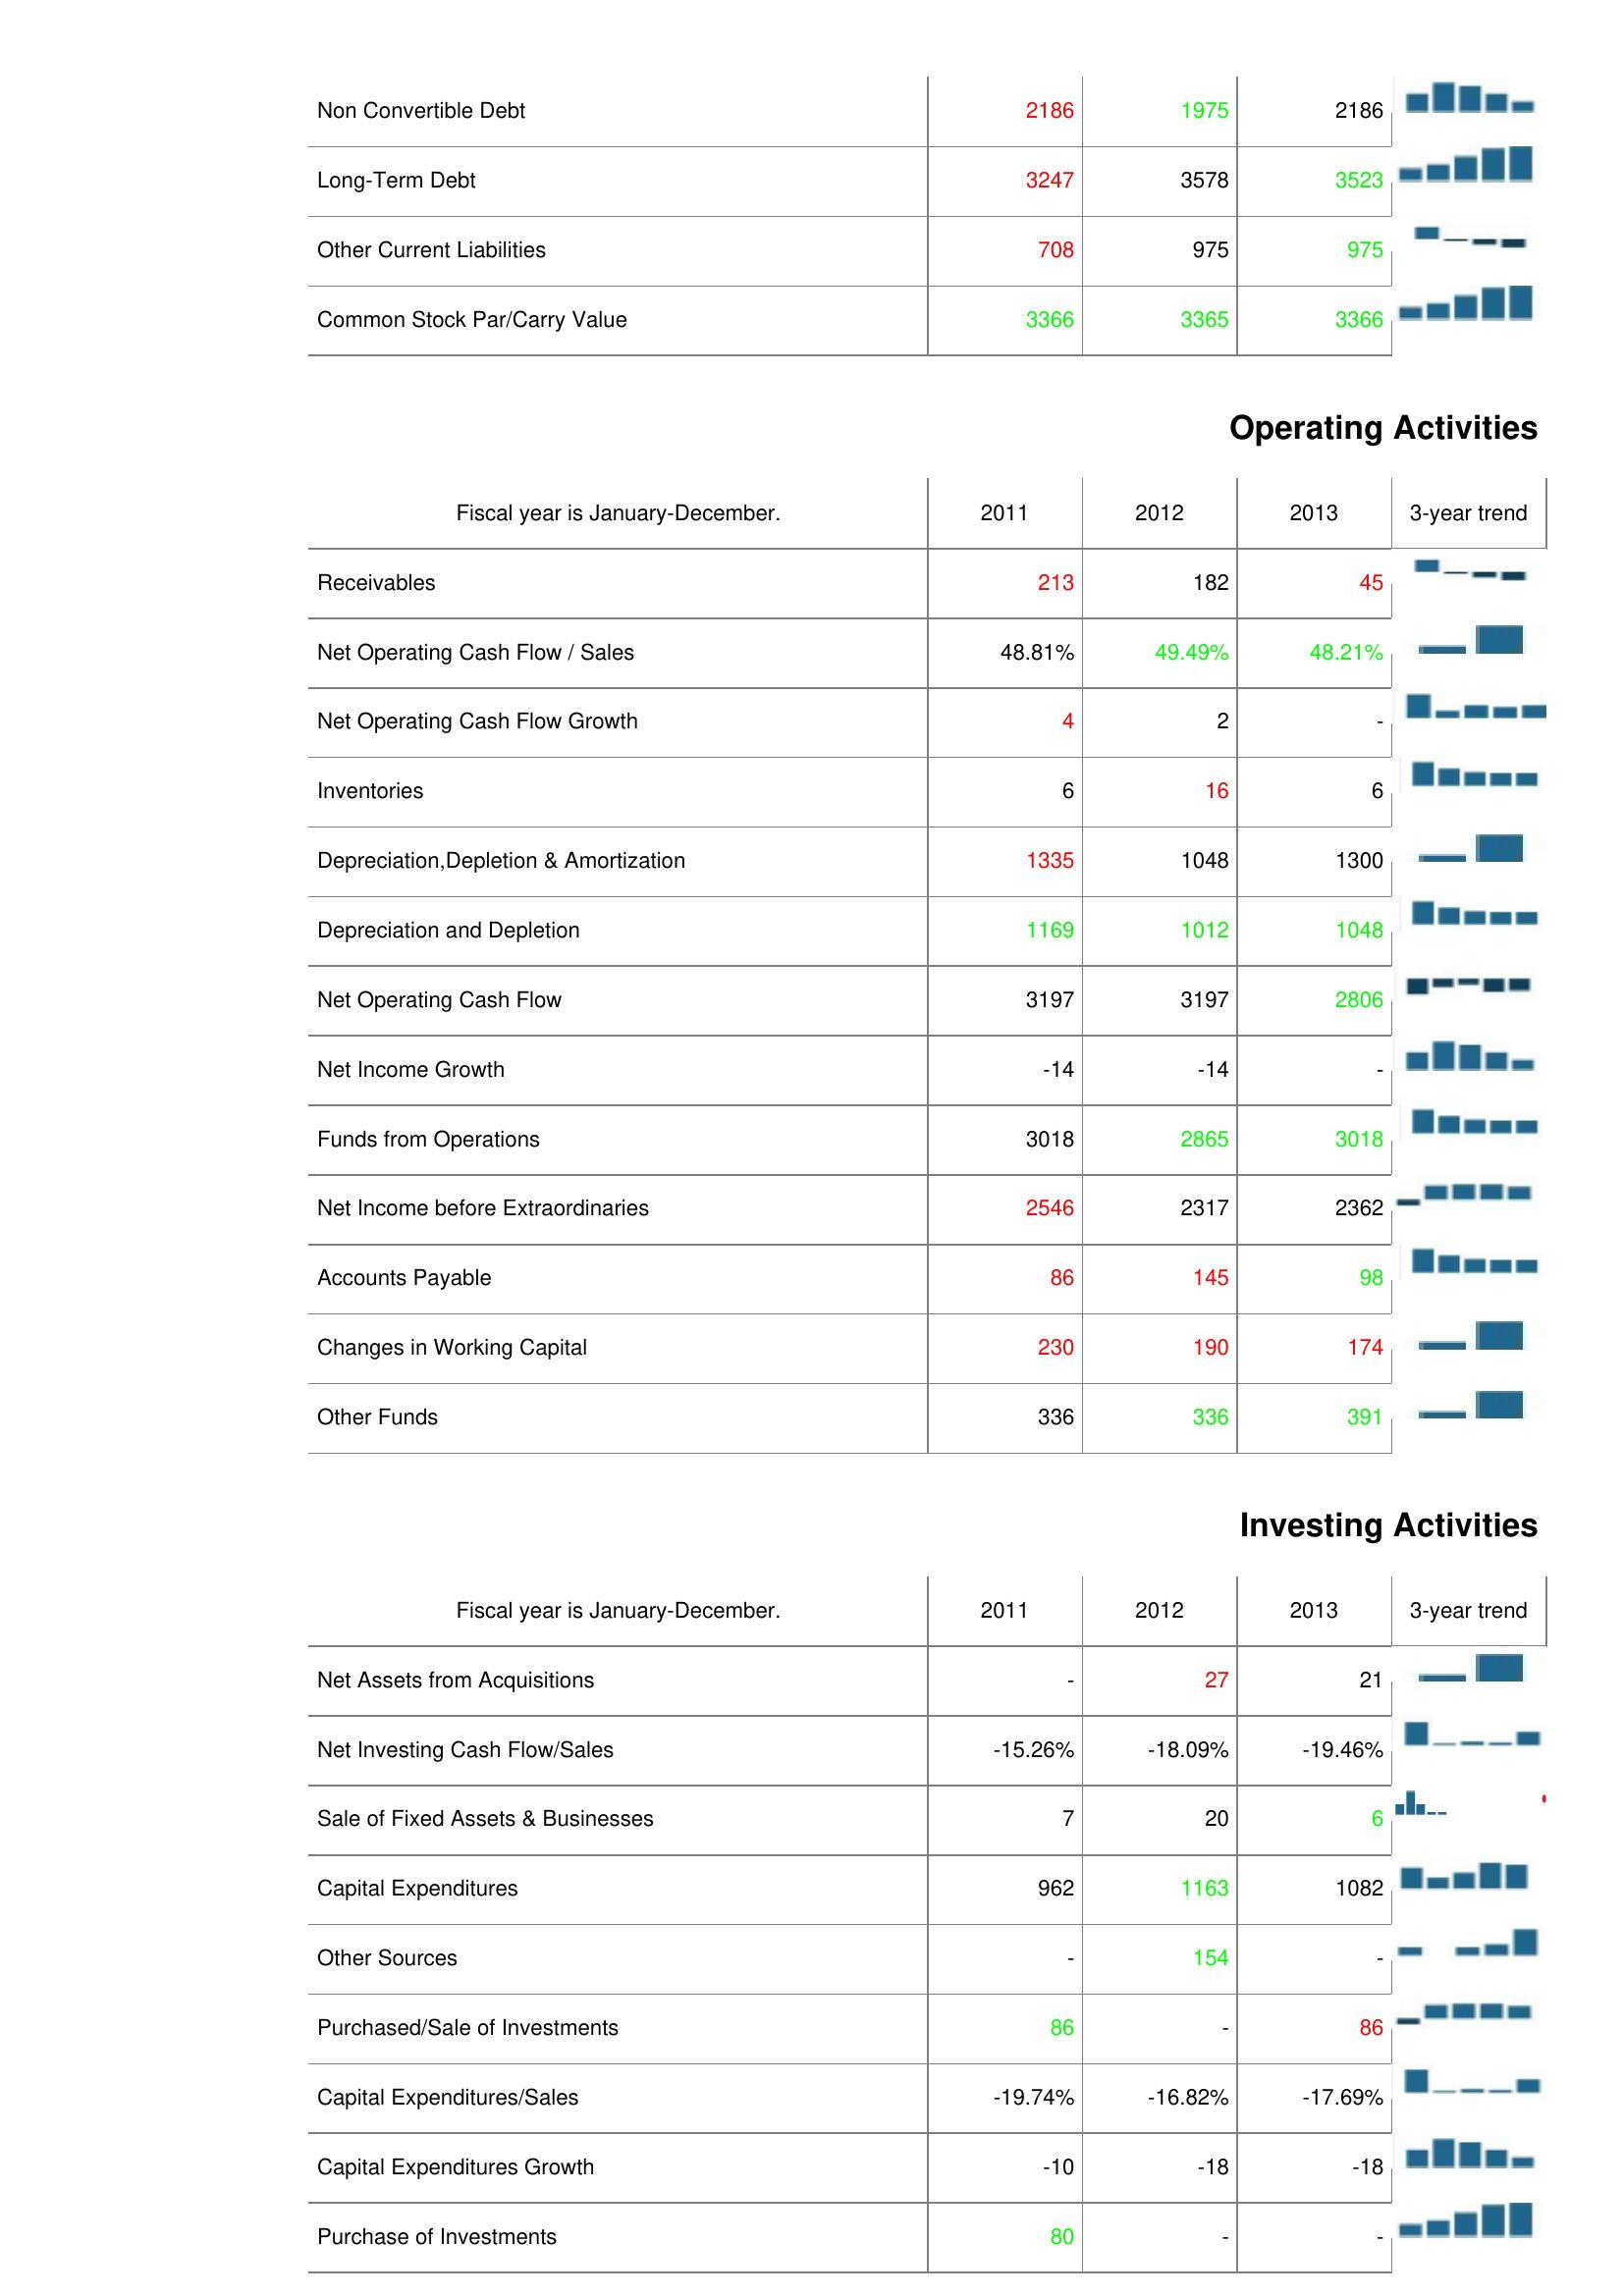
2011: Liabilities & Shareholder's Equity: Non Convertible Debt: 2186
Long-Term Debt: 3247
Other Current Liabilities: 708
Common Stock Par/Carry Value: 3366
Operating Activities: Receivables: 213
Net Operating Cash Flow / Sales: 48.81%
Net Operating Cash Flow Growth: 4
Inventories: 6
Depreciation,Depletion & Amortization: 1335
Depreciation and Depletion: 1169
Net Operating Cash Flow: 3197
Net Income Growth: -14
Funds from Operations: 3018
Net Income before Extraordinaries: 2546
Accounts Payable: 86
Changes in Working Capital: 230
Other Funds: 336
Investing Activities: Net Assets from Acquisitions: -
Net Investing Cash Flow/Sales: -15.26%
Sale of Fixed Assets & Businesses: 7
Capital Expenditures: 962
Other Sources: -
Purchased/Sale of Investments: 86
Capital Expenditures/Sales: -19.74%
Capital Expenditures Growth: -10
Purchase of Investments: 80
2012: Liabilities & Shareholder's Equity: Non Convertible Debt: 1975
Long-Term Debt: 3578
Other Current Liabilities: 975
Common Stock Par/Carry Value: 3365
Operating Activities: Receivables: 182
Net Operating Cash Flow / Sales: 49.49%
Net Operating Cash Flow Growth: 2
Inventories: 16
Depreciation,Depletion & Amortization: 1048
Depreciation and Depletion: 1012
Net Operating Cash Flow: 3197
Net Income Growth: -14
Funds from Operations: 2865
Net Income before Extraordinaries: 2317
Accounts Payable: 145
Changes in Working Capital: 190
Other Funds: 336
Investing Activities: Net Assets from Acquisitions: 27
Net Investing Cash Flow/Sales: -18.09%
Sale of Fixed Assets & Businesses: 20
Capital Expenditures: 1163
Other Sources: 154
Purchased/Sale of Investments: -
Capital Expenditures/Sales: -16.82%
Capital Expenditures Growth: -18
Purchase of Investments: -
2013: Liabilities & Shareholder's Equity: Non Convertible Debt: 2186
Long-Term Debt: 3523
Other Current Liabilities: 975
Common Stock Par/Carry Value: 3366
Operating Activities: Receivables: 45
Net Operating Cash Flow / Sales: 48.21%
Net Operating Cash Flow Growth: -
Inventories: 6
Depreciation,Depletion & Amortization: 1300
Depreciation and Depletion: 1048
Net Operating Cash Flow: 2806
Net Income Growth: -
Funds from Operations: 3018
Net Income before Extraordinaries: 2362
Accounts Payable: 98
Changes in Working Capital: 174
Other Funds: 391
Investing Activities: Net Assets from Acquisitions: 21
Net Investing Cash Flow/Sales: -19.46%
Sale of Fixed Assets & Businesses: 6
Capital Expenditures: 1082
Other Sources: -
Purchased/Sale of Investments: 86
Capital Expenditures/Sales: -17.69%
Capital Expenditures Growth: -18
Purchase of Investments: -